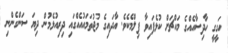
ހަގީގީ ހާދިސާއެއްގެ މައްޗަށް ކުޅެފައިވާ ފިލްމެކެވެ. އާދައިގެ މުޖުތަމައުއެއްގައި ދިރިއުޅެމުން ދިޔަ ސަންގެންނި